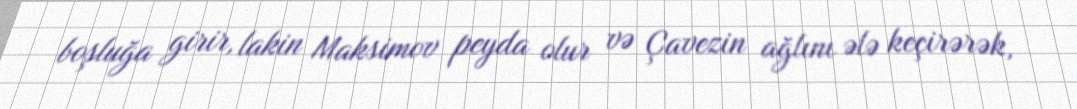
boşluğa girir, lakin Maksimov peyda olur və Çavezin ağlını ələ keçirərək,